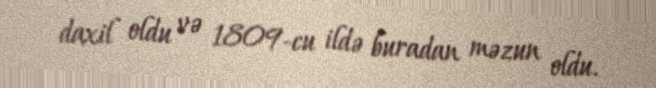
daxil oldu və 1809-cu ildə buradan məzun oldu.